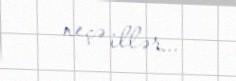
neçə illər...